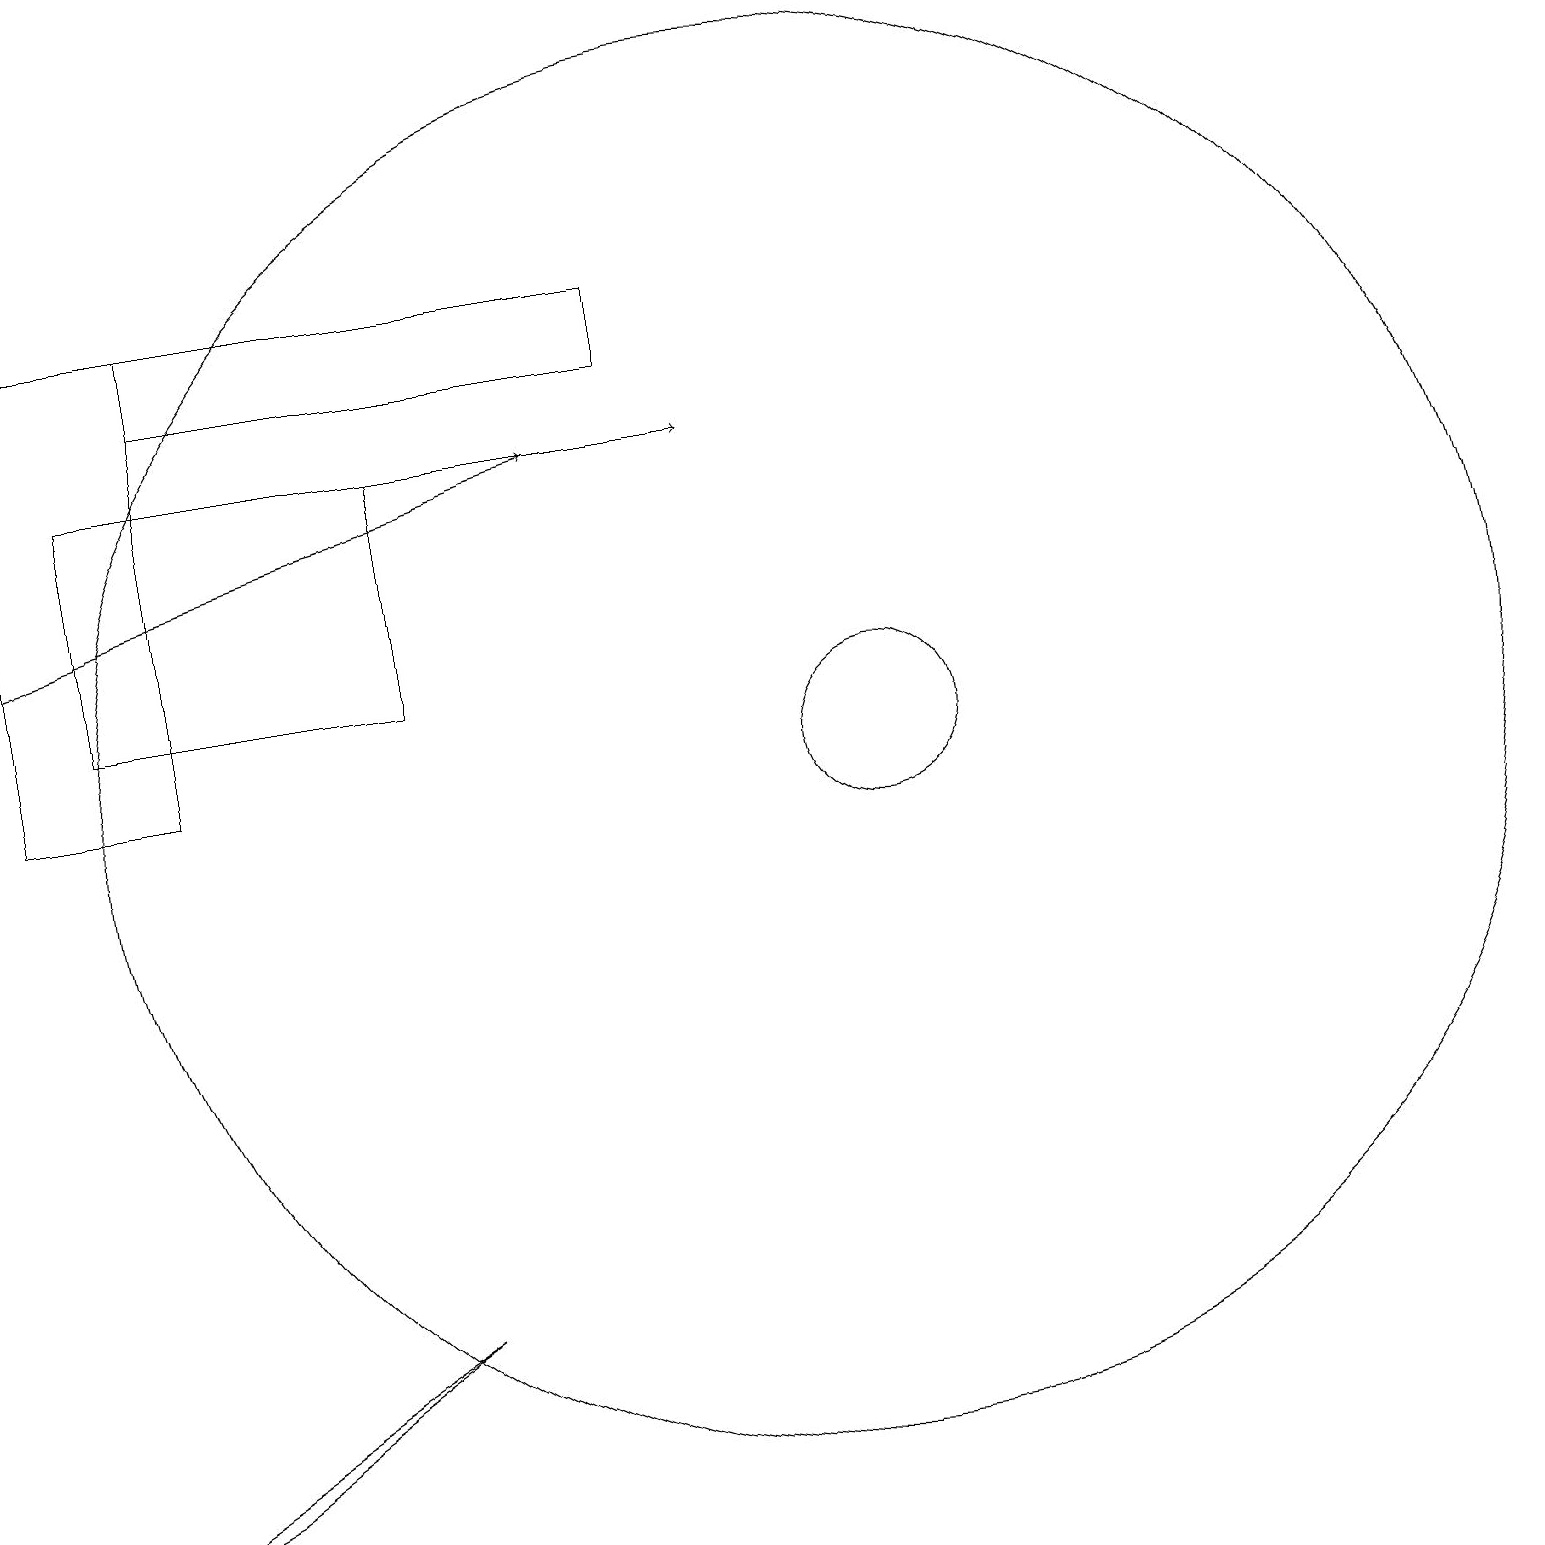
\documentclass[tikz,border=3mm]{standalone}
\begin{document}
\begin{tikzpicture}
\draw (11,11) circle (1);
\draw[->] (2,15) -- (9,15);
\draw (8,16) rectangle (2,17);
\draw (10,11) circle (9);
\draw (0,1) -- (2,2) -- (5,4) -- cycle;
\draw (5,15) rectangle (1,12);
\draw (0,11) rectangle (2,17);
\draw[->] (0,13) -- (7,15);
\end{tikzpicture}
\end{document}